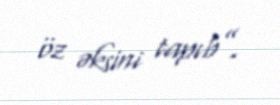
öz əksini tapıb”.